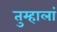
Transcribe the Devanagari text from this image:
तुम्हालां